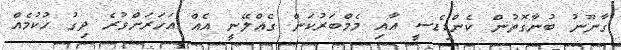
ގާނޫނު ބުނާގޮތުން ކެންޑިޑެސީ އާއި މެމްބަރުކަން ގެއްލޭނީ އެއް އަހަރަށްވުރެ ދިގު ހުކުމެއް